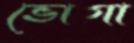
ভোগা